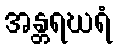
အန္တရဃရံ